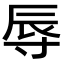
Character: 辱